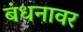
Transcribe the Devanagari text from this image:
बंधनावर